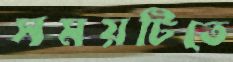
সময়টিতে